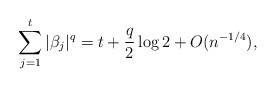
LaTeX: \begin{align*}\sum_{j=1}^t |\beta_j|^{q} =t+\frac{q}{2} \log 2+O(n^{-1/4}),\end{align*}